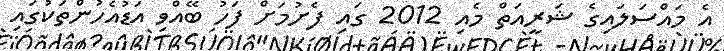
އެ މައްސަލައިގެ ޝަރީއަތް މެއި 2012 ގައި ފެށުމަށް ފަހު ބޭއްވި އަޑުއެހުންތަކުގައި